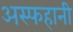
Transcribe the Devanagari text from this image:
अस्फहानी